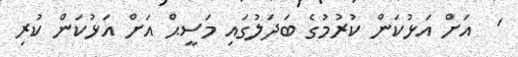
'  އަށް އަޅުކަން ކުރުމުގެ ބަދަލުގައި މަސީޙް އަށް އަޅުކަން ކުރި